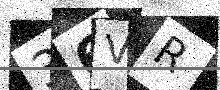
Text: 36VR